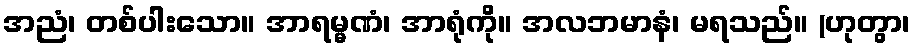
အညံ၊ တစ်ပါးသော။ အာရမ္မဏံ၊ အာရုံကို။ အလဘမာနံ၊ မရသည်။ (ဟုတွာ၊